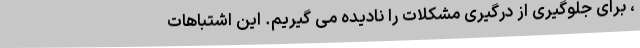
، برای جلوگیری از درگیری مشکلات را نادیده می گیریم. این اشتباهات